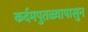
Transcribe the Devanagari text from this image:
कर्दमपुतळ्यापासुन